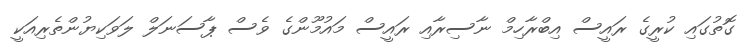
ގޮތުގައި ކުރީގެ ރައީސް އިބްރާހިމް ނާސިރާއި ރައީސް މައުމޫންގެ ވެސް ޕާސަނަލް ލަވަކިޔުންތެރިއަކީ